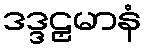
ဒဒ္ဒဠှမာနံ